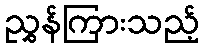
ညွှန်ကြားသည့်